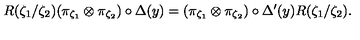
R ( \zeta _ { 1 } / \zeta _ { 2 } ) ( \pi _ { \zeta _ { 1 } } \otimes \pi _ { \zeta _ { 2 } } ) \circ \Delta ( y ) = ( \pi _ { \zeta _ { 1 } } \otimes \pi _ { \zeta _ { 2 } } ) \circ \Delta ^ { \prime } ( y ) R ( \zeta _ { 1 } / \zeta _ { 2 } ) .